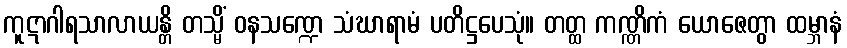
ကူဋာဂါရသာလာယန္တိ တသ္မိံ ဝနသဏ္ဍေ သံဃာရာမံ ပတိဋ္ဌပေသုံ။ တတ္ထ ကဏ္ဏိကံ ယောဇေတွာ ထမ္ဘာနံ